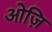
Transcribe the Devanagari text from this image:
ओज़ि